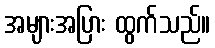
အများအပြား ထွက်သည်။